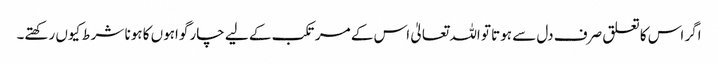
اگر اس کا تعلق صرف دل سے ہوتا تو اللہ تعالیٰ اس کے مرتکب کے لیے چار گواہوں کا ہونا شرط کیوں رکھتے۔